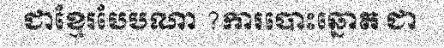
ជាខ្មែរបែបណា ?ការបោះឆ្នោត ជា